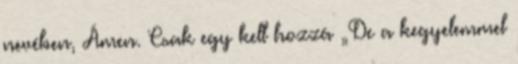
nevében, Ámen. Csak egy kell hozzá „De a kegyelemmel